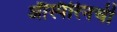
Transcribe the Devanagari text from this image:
ॲस्पिरिनची